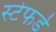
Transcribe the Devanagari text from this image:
स्टेफर्ड